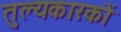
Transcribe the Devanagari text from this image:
तुल्यकारकों